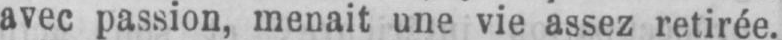
avec passion, menait une vie assez retirée.